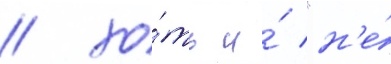
/ хо́ть и́ "н'е́